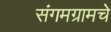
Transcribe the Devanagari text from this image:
संगमग्रामचे